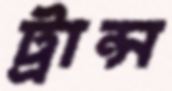
ট্রান্স